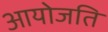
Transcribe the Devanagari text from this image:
आयोजति